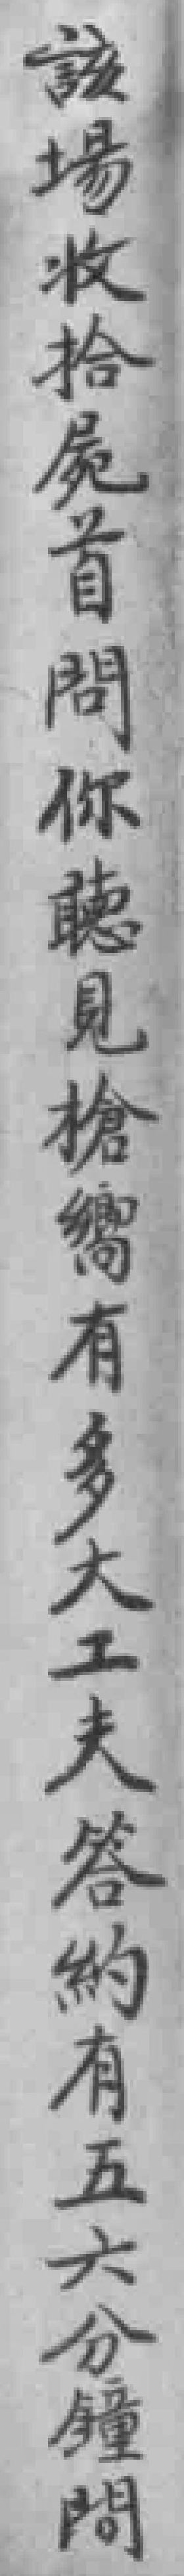
該場收拾屍首問你聽見槍嚮有多大工夫答的有五六分幢問